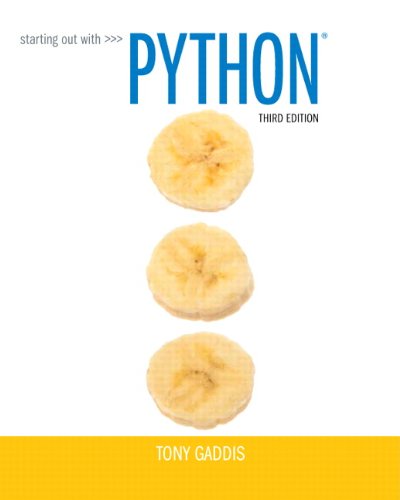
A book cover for Starting Out with Python (3rd Edition); Tony Gaddis; Computers & Technology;